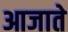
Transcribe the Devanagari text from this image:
आजाते